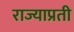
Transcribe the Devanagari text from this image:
राज्याप्रती